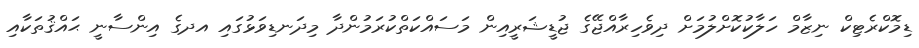
ޑިމޮކްރެޓިކް ނިޒާމް ހަލާކުކޮށްލުމަށް ދިވެހިރާއްޖޭގެ ޖުޑީޝަރީއިން މަސައްކަތްކުރަމުންދާ މިދަނޑިވަޅުގައި އދގެ އިންސާނީ ޙައްޤުތަކާއި